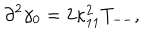
LaTeX: \partial ^ { 2 } \gamma _ { 0 } = 2 \kappa _ { 1 1 } ^ { 2 } T _ { -- } ,